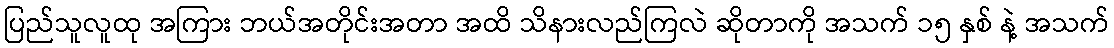
ပြည်သူလူထု အကြား ဘယ်အတိုင်းအတာ အထိ သိနားလည်ကြလဲ ဆိုတာကို အသက် ၁၅ နှစ် နဲ့ အသက်